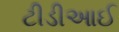
ટીડીઆઈ